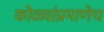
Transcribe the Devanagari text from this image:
कोळ्यांप्रमाणेच